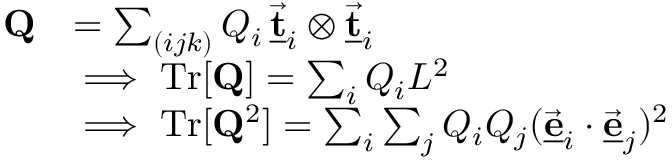
\begin{array} { r l } { { \bf Q } } & { = \sum _ { ( i j k ) } Q _ { i } \, \underline { { \vec { \bf t } } } _ { i } \otimes \underline { { \vec { \bf t } } } _ { i } } \\ & { \implies \mathrm { T r } [ { \bf Q } ] = \sum _ { i } Q _ { i } L ^ { 2 } } \\ & { \implies \mathrm { T r } [ { \bf Q } ^ { 2 } ] = \sum _ { i } \sum _ { j } Q _ { i } Q _ { j } ( \underline { { \vec { \bf e } } } _ { i } \cdot \underline { { \vec { \bf e } } } _ { j } ) ^ { 2 } } \end{array}